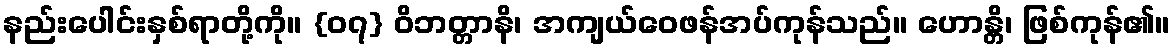
နည်းပေါင်းနှစ်ရာတို့ကို။ {၀၇} ဝိဘတ္တာနိ၊ အကျယ်ဝေဖန်အပ်ကုန်သည်။ ဟောန္တိ၊ ဖြစ်ကုန်၏။